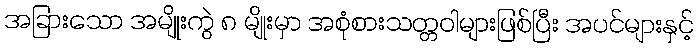
အခြားသော အမျိုးကွဲ ၈ မျိုးမှာ အစုံစားသတ္တဝါများဖြစ်ပြီး အပင်များနှင့်